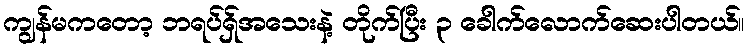
ကျွန်မကတော့ ဘရပ်ရှ်အသေးနဲ့ တိုက်ပြီး ၃ ခေါက်လောက်ဆေးပါတယ်။